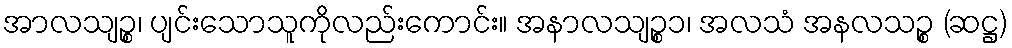
အာလသျဉ္စ၊ ပျင်းသောသူကိုလည်းကောင်း။ အနာလသျဉ္စ၁၊ အလသံ အနလသဉ္စ (ဆဋ္ဌ)